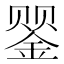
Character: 𲇑